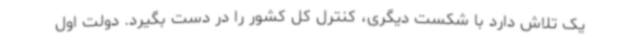
یک تلاش دارد با شکست دیگری، کنترل کل کشور را در دست بگیرد. دولت اول